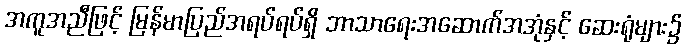
အကူအညီဖြင့် မြန်မာပြည်အရပ်ရပ်ရှိ ဘာသာရေးအဆောက်အအုံနှင့် ဆေးရုံများ၌